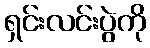
ရှင်းလင်းပွဲကို